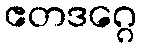
ဧတဒဂ္ဂေ